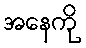
အနေကို